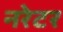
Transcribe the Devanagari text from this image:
नरेटर